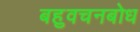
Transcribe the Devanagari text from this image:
बहुवचनबोध